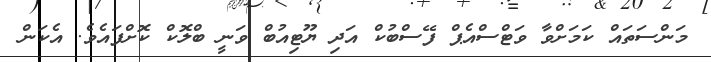
މަންސަތައް ކަމަށްވާ ވަޓްސްއެޕް ފޭސްބުކް އަދި ޔޫޓިއުބް ވަނީ ބްލޮކް ކޮށްފައެވެ. އެކަން